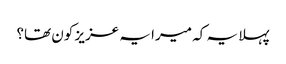
پہلا یہ کہ میرا یہ عزیز کون تھا؟